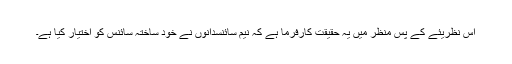
اِس نظریئے کے پس منظر میں یہ حقیقت کارفرما ہے کہ نیم سائنسدانوں نے خود ساختہ سائنس کو اِختیار کیا ہے۔